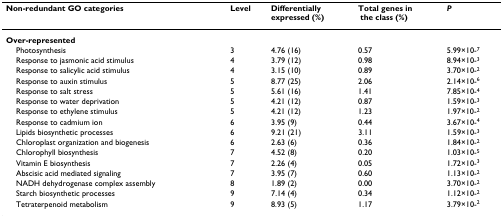
<table><thead><tr><td><b>Non-redundant GO categories</b></td><td><b>Level</b></td><td><b>Differentially expressed (%)</b></td><td><b>Total genes in the class (%)</b></td><td><b><i>P</i></b></td></tr></thead><tbody><tr><td><b>Over-represented</b></td><td></td><td></td><td></td><td></td></tr><tr><td> Photosynthesis</td><td>3</td><td>4.76 (16)</td><td>0.57</td><td>5.99×10-<sup>7</sup></td></tr><tr><td> Response to jasmonic acid stimulus</td><td>4</td><td>3.79 (12)</td><td>0.98</td><td>8.94×10-<sup>3</sup></td></tr><tr><td> Response to salicylic acid stimulus</td><td>4</td><td>3.15 (10)</td><td>0.89</td><td>3.70×10-<sup>2</sup></td></tr><tr><td> Response to auxin stimulus</td><td>5</td><td>8.77 (25)</td><td>2.06</td><td>2.14×10-<sup>6</sup></td></tr><tr><td> Response to salt stress</td><td>5</td><td>5.61 (16)</td><td>1.41</td><td>7.85×10-<sup>4</sup></td></tr><tr><td> Response to water deprivation</td><td>5</td><td>4.21 (12)</td><td>0.87</td><td>1.59×10-<sup>3</sup></td></tr><tr><td> Response to ethylene stimulus</td><td>5</td><td>4.21 (12)</td><td>1.23</td><td>1.97×10-<sup>2</sup></td></tr><tr><td> Response to cadmium ion</td><td>6</td><td>3.95 (9)</td><td>0.44</td><td>3.67×10-<sup>4</sup></td></tr><tr><td> Lipids biosynthetic processes</td><td>6</td><td>9.21 (21)</td><td>3.11</td><td>1.59×10-<sup>3</sup></td></tr><tr><td> Chloroplast organization and biogenesis</td><td>6</td><td>2.63 (6)</td><td>0.36</td><td>1.84×10-<sup>2</sup></td></tr><tr><td> Chlorophyll biosynthesis</td><td>7</td><td>4.52 (8)</td><td>0.20</td><td>1.03×10-<sup>5</sup></td></tr><tr><td> Vitamin E biosynthesis</td><td>7</td><td>2.26 (4)</td><td>0.05</td><td>1.72×10-<sup>3</sup></td></tr><tr><td> Abscisic acid mediated signaling</td><td>7</td><td>3.95 (7)</td><td>0.60</td><td>1.13×10-<sup>2</sup></td></tr><tr><td> NADH dehydrogenase complex assembly</td><td>8</td><td>1.89 (2)</td><td>0.00</td><td>3.70×10-<sup>2</sup></td></tr><tr><td> Starch biosynthetic processes</td><td>9</td><td>7.14 (4)</td><td>0.34</td><td>1.12×10-<sup>2</sup></td></tr><tr><td> Tetraterpenoid metabolism</td><td>9</td><td>8.93 (5)</td><td>1.17</td><td>3.79×10-<sup>2</sup></td></tr></tbody></table>